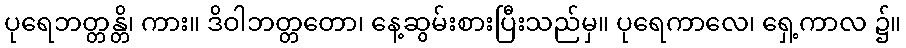
ပုရေဘတ္တန္တိ၊ ကား။ ဒိဝါဘတ္တတော၊ နေ့ဆွမ်းစားပြီးသည်မှ။ ပုရေကာလေ၊ ရှေ့ကာလ ၌။